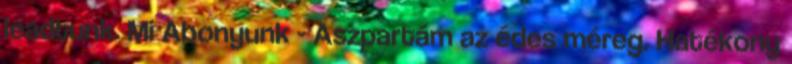
leadtunk. Mi Abonyunk - Aszpartám az édes méreg. Hatékony